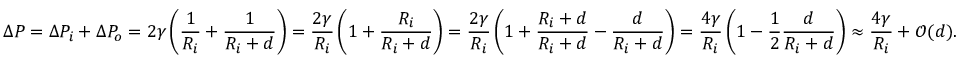
\Delta P = \Delta P _ { i } + \Delta P _ { o } = 2 \gamma \left( { \frac { 1 } { R _ { i } } } + { \frac { 1 } { R _ { i } + d } } \right) = { \frac { 2 \gamma } { R _ { i } } } \left( 1 + { \frac { R _ { i } } { R _ { i } + d } } \right) = { \frac { 2 \gamma } { R _ { i } } } \left( 1 + { \frac { R _ { i } + d } { R _ { i } + d } } - { \frac { d } { R _ { i } + d } } \right) = { \frac { 4 \gamma } { R _ { i } } } \left( 1 - { \frac { 1 } { 2 } } { \frac { d } { R _ { i } + d } } \right) \approx { \frac { 4 \gamma } { R _ { i } } } + { \mathcal { O } } ( d ) .